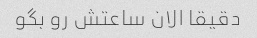
دقیقا الان ساعتش رو بگو